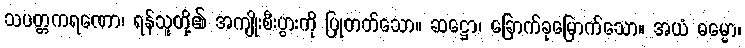
သပတ္တကရဏော၊ ရန်သူတို့၏ အကျိုးစီးပွားကို ပြုတတ်သော။ ဆဋ္ဌော၊ ခြောက်ခုမြောက်သော။ အယံ ဓမ္မော၊